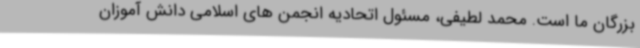
بزرگان ما است. محمد لطیفی، مسئول اتحادیه انجمن های اسلامی دانش آموزان